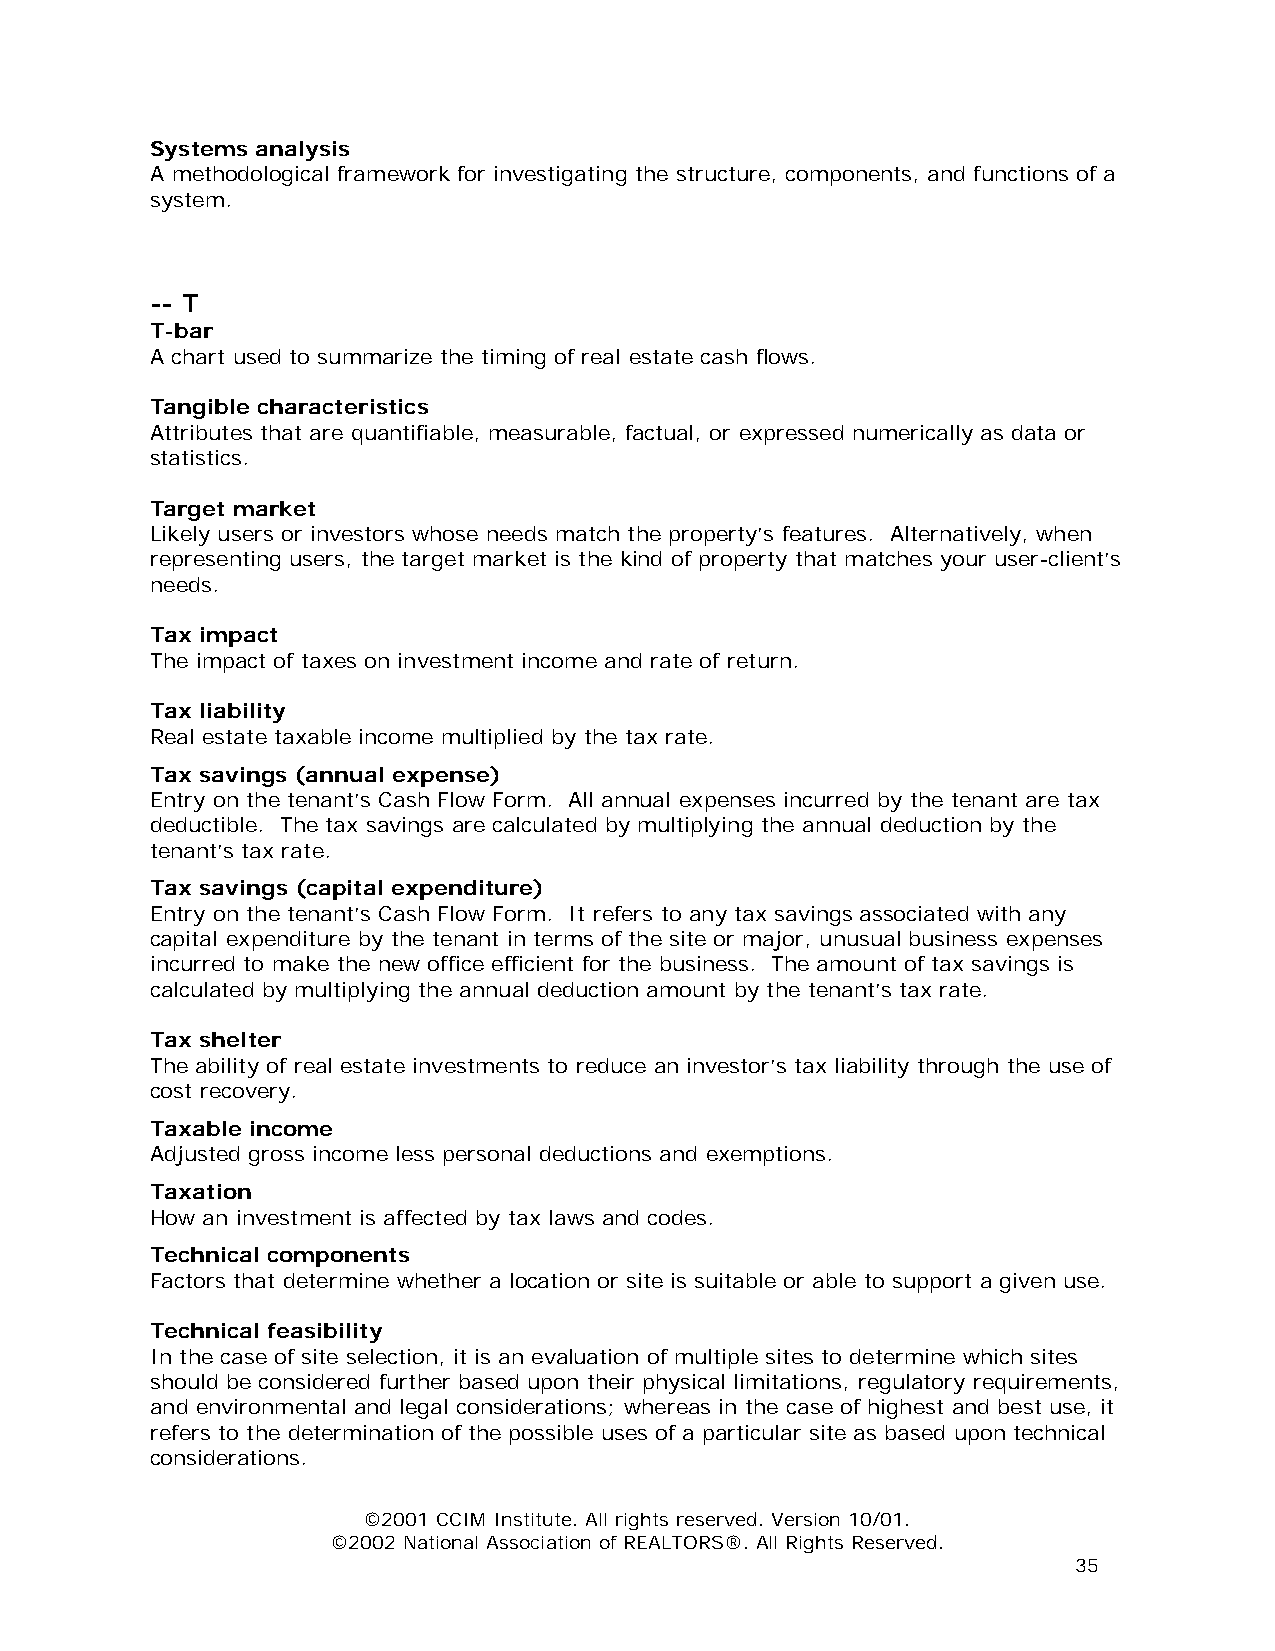
Systems analysis
 A methodological framework for investigating the structure, components, and functions of a
 system.
 -- T
 T-bar
 A chart used to summarize the timing of real estate cash flows.
 Tangible characteristics
 Attributes that are quantifiable, measurable, factual, or expressed numerically as data or
 statistics.
 Target market
 Likely users or investors whose needs match the property’s features. Alternatively, when
 representing users, the target market is the kind of property that matches your user-client’s
 needs.
 Tax impact
 The impact of taxes on investment income and rate of return.
 Tax liability
 Real estate taxable income multiplied by the tax rate.
 Tax savings (annual expense)
 Entry on the tenant’s Cash Flow Form. All annual expenses incurred by the tenant are tax
 deductible. The tax savings are calculated by multiplying the annual deduction by the
 tenant’s tax rate.
 Tax savings (capital expenditure)
 Entry on the tenant’s Cash Flow Form. It refers to any tax savings associated with any
 capital expenditure by the tenant in terms of the site or major, unusual business expenses
 incurred to make the new office efficient for the business. The amount of tax savings is
 calculated by multiplying the annual deduction amount by the tenant’s tax rate.
 Tax shelter
 The ability of real estate investments to reduce an investor’s tax liability through the use of
 cost recovery.
 Taxable income
 Adjusted gross income less personal deductions and exemptions.
 Taxation
 How an investment is affected by tax laws and codes.
 Technical components
 Factors that determine whether a location or site is suitable or able to support a given use.
 Technical feasibility
 In the case of site selection, it is an evaluation of multiple sites to determine which sites
 should be considered further based upon their physical limitations, regulatory requirements,
 and environmental and legal considerations; whereas in the case of highest and best use, it
 refers to the determination of the possible uses of a particular site as based upon technical
 considerations.
 ©2001 CCIM Institute. All rights reserved. Version 10/01.
 ©2002 National Association of REALTORS®. All Rights Reserved.
 35